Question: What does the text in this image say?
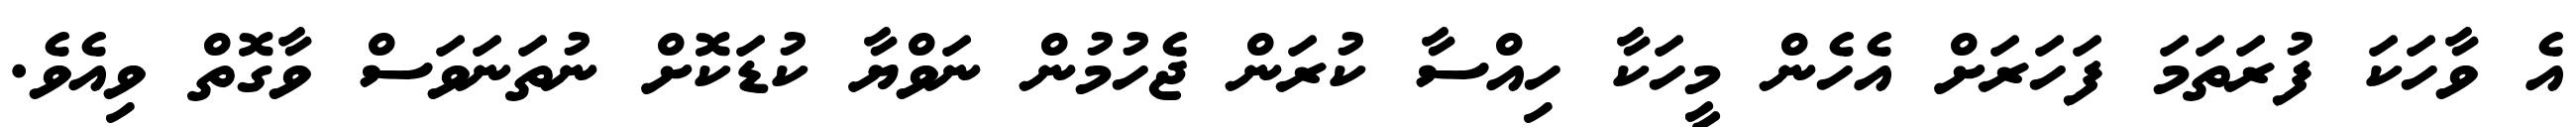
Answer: އެ ވާހަކަ ފުރަތަމަ ފަހަރަށް އެހެން މީހަކާ ހިއްސާ ކުރަން ޖެހުމުން ނަވްޔާ ކުޑަކޮށް ނުތަނަވަސް ވާގޮތް ވިއެވެ.